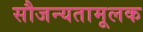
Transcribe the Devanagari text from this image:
सौजन्यतामूलक